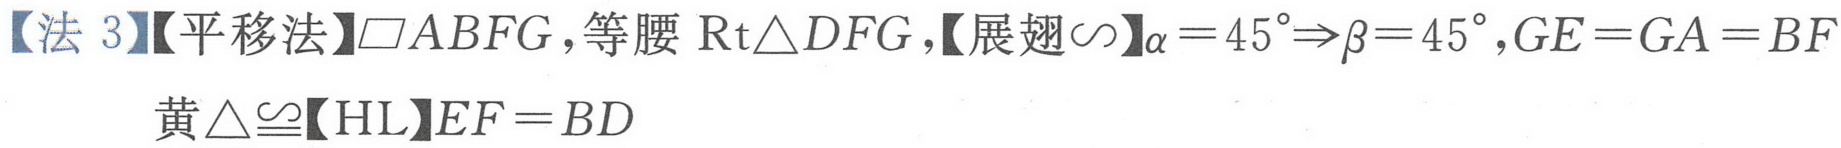
【法 3】【平移法】$\square ABFG$，等腰$\text{Rt}\triangle DFG$，【展翅$\backsim$】$\alpha = 45^{\circ}\Rightarrow\beta = 45^{\circ}$，$GE = GA = BF$
黄$\triangle\cong$【HL】$EF = BD$